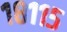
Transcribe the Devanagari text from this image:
१८११५